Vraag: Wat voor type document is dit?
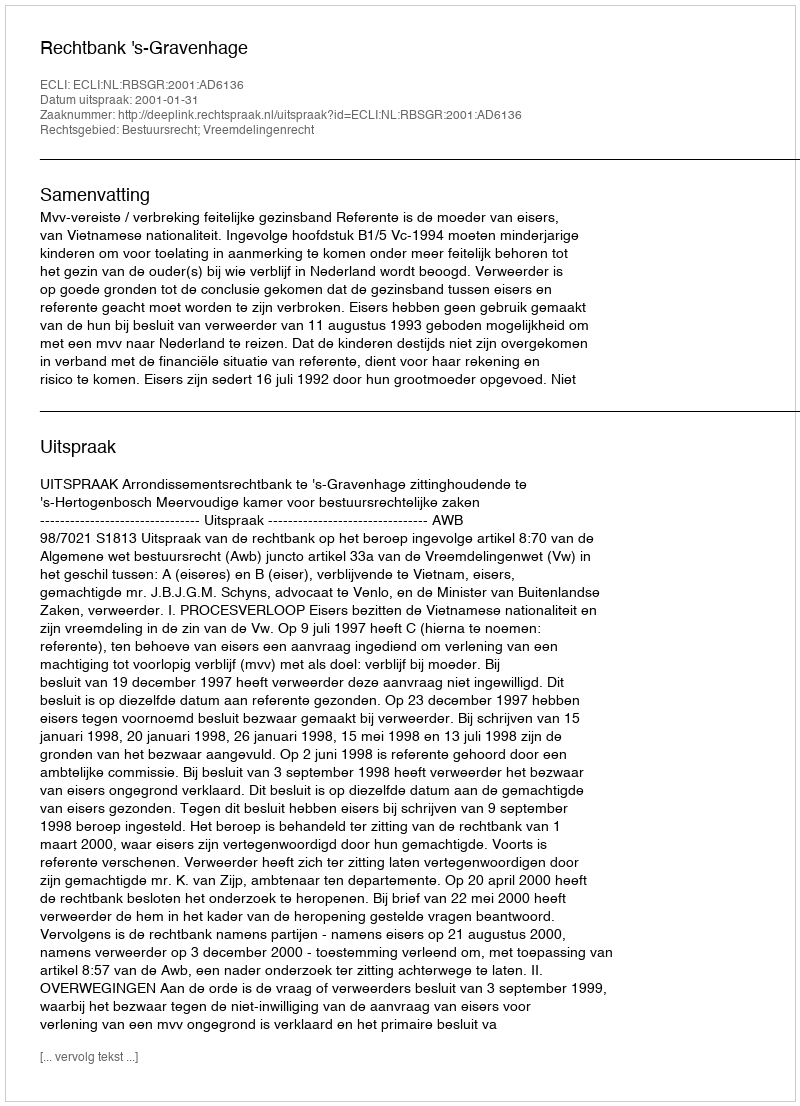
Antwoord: Uitspraak